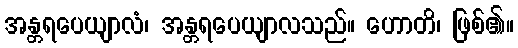
အန္တရပေယျာလံ၊ အန္တရပေယျာလသည်။ ဟောတိ၊ ဖြစ်၏။